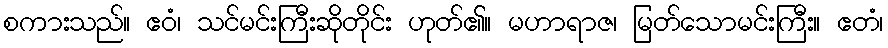
စကားသည်။ ဧဝံ၊ သင်မင်းကြီးဆိုတိုင်း ဟုတ်၏။ မဟာရာဇ၊ မြတ်သောမင်းကြီး။ ဧတံ၊